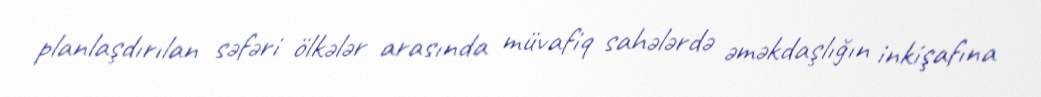
planlaşdırılan səfəri ölkələr arasında müvafiq sahələrdə əməkdaşlığın inkişafına